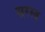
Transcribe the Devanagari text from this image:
सरस्व